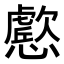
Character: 𭟔